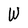
Character: W